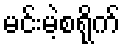
မင်းမဲ့စရိုက်